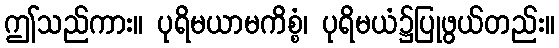
ဤသည်ကား။ ပုရိမယာမကိစ္စံ၊ ပုရိမယံ၌ပြုဖွယ်တည်း။